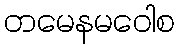
တမေနမဝေါစ